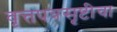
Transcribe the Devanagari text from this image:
वृत्तपत्रसृष्टीचा